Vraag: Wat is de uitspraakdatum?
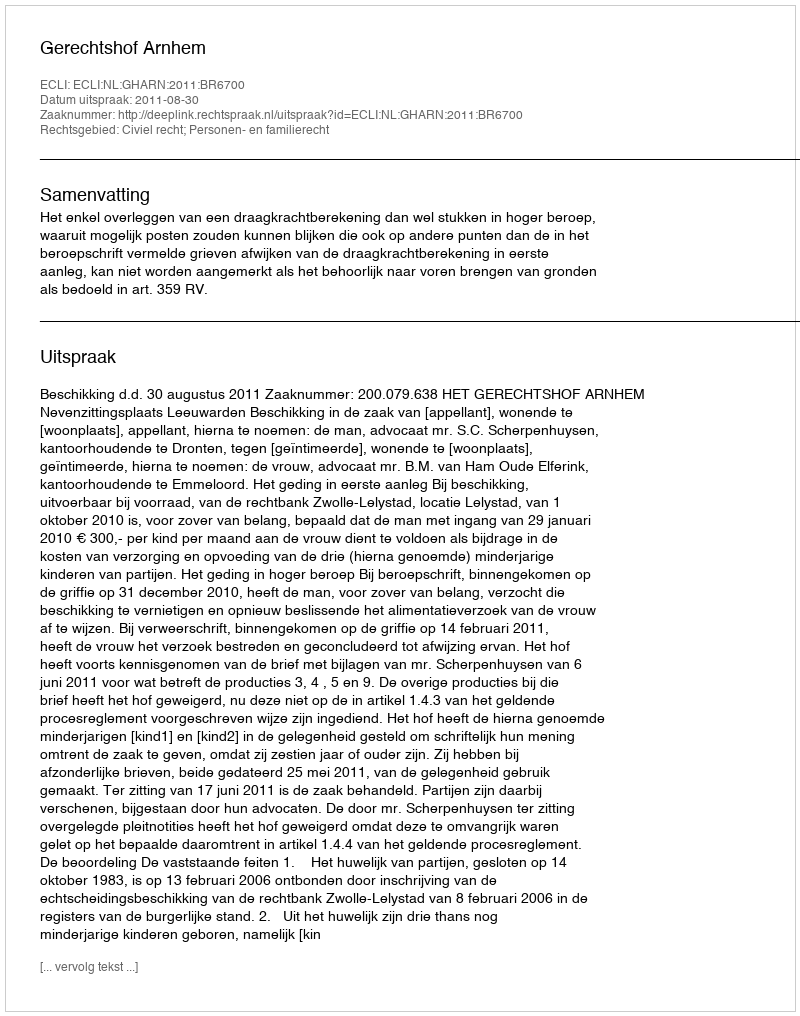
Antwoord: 2011-08-30